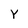
Character: Y